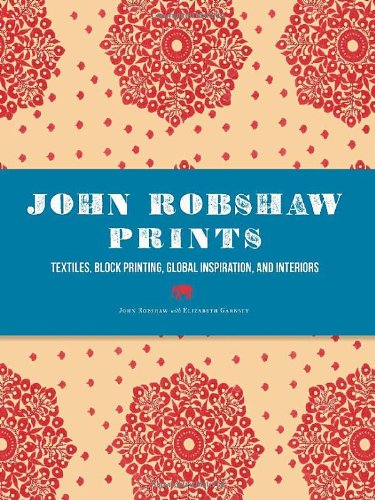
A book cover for John Robshaw Prints: Textiles, Block Printing, Global Inspiration, and Interiors; John Robshaw; Arts & Photography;